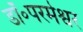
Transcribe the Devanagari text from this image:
डॉ॰परमेश्वर